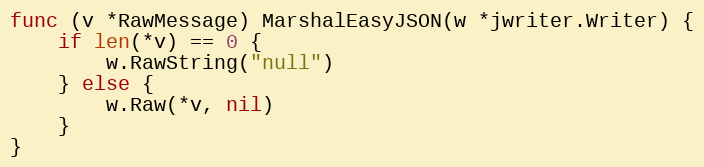
Language: Go
func (v *RawMessage) MarshalEasyJSON(w *jwriter.Writer) {
	if len(*v) == 0 {
		w.RawString("null")
	} else {
		w.Raw(*v, nil)
	}
}